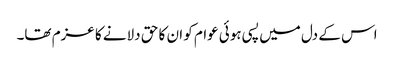
اس کے دل میں پسی ہوئی عوام کو ان کا حق دلانے کا عزم تھا۔